Report of the Bombay Veterinary College
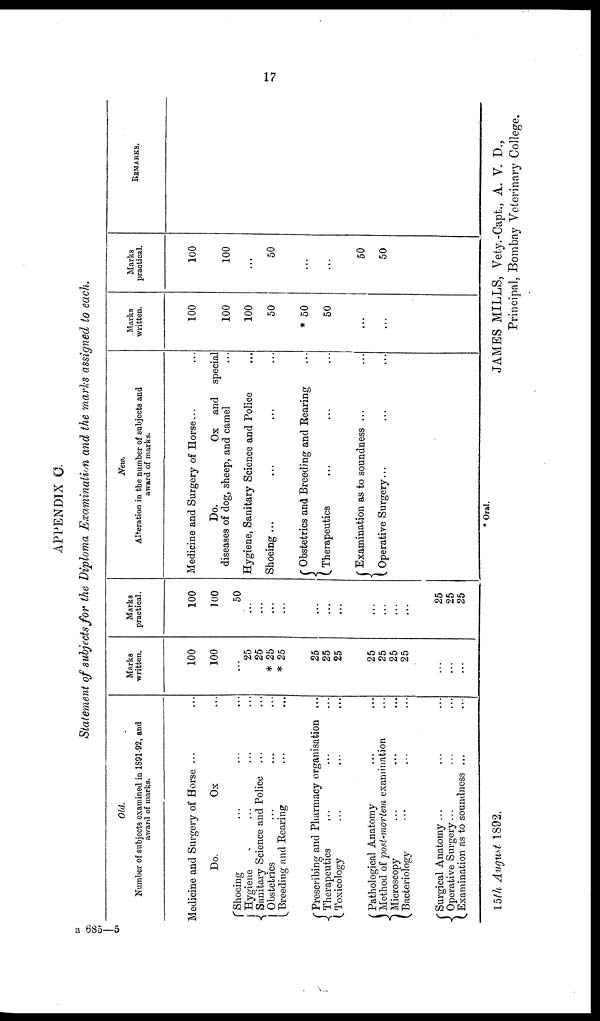
17
APPENDIX C.
Statement of subjects for the Diploma Examination and the marks assigned to each.
Old.
Number of subjects examined in 1891-92, and
award of marks.
Medicine and Surgery of Horse
Do.
Ox
Shoeing... ...
Hygiene... ...
{ Sanitary Science and Police... ...
Obstetrics
Breeding and Rearing... ...
Prescribing and Pharmacy organisation ...
{Therapeutics... ...
Toxicology... ...
Pathological Anatomy... ...
Method of post-mortem examination... ...
{ Microscopy... ...
Bacteriology... ...
Surgical Anatomy ... ...
{ Operative Surgery... ...
Examination as to soundness ... ...
Marks
written.
100
100
....
25
25
* 25
* 25
25
25
25
25
25
25
25
...
...
...
Marks
practical.
100
100
50
...
...
...
...
...
...
...
...
...
...
...
25
25
25
New.
Alteration in the number of subjects and
award of marks.
Medicine and Surgery of Horse
Do.
Ox and special
diseases of dog, sheep, and camel
Hygiene, Sanitary Science and Police
Shoeing ...
Obstetrics and Breeding and Rearing
{ Therapeutics
{ Examination as to soundness ...
{ Operative Surgery...
Marks
written.
100
100
100
50
* 50
50
...
...
Marks
practical.
100
100
...
50
...
...
50
50
REMARKS.
* Oral.
15th August 1892.
JAMES MILLS, Vety.-Capt., A. V. D.,
Principal, Bombay Veterinary College.
B 685-5